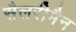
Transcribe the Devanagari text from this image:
सैलरीमैन